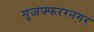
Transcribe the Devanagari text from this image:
मुजफ्फररनगर